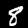
Digit: 8